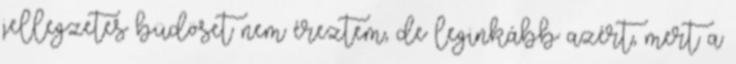
jellegzetes büdöset nem éreztem, de leginkább azért, mert a